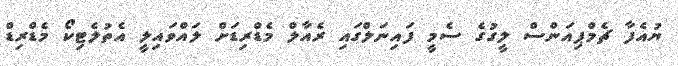
ޔުއެފާ ޗެމްޕިއަންސް ލީގުގެ ސެމީ ފައިނަލްގައި ރެއާލް މެޑްރިޑަށް ލައްވައިލީ އެތުލެޓިކޯ މެޑްރިޑް